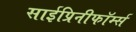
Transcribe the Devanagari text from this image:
साईप्रिनीफॉर्म्स